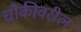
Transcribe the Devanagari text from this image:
चौकीवरील